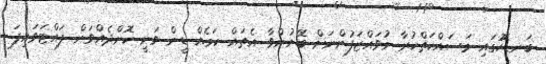
ބަނޑޮހުގައި މަސައްކަތްކުރާ މުވައްޒަފުންނަށް ބޭނުންވާ އެތައް ކަމެއް ޑީން ވަނީ ކޮށްދެއްވަން ފައްޓަވައިފަ